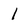
Character: 1